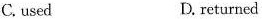
c.used D. returncd